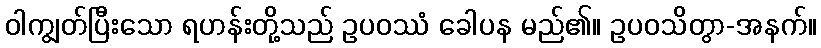
ဝါကျွတ်ပြီးသော ရဟန်းတို့သည် ဥပဝဿံ ခေါပန မည်၏။ ဥပဝသိတွာ-အနက်။